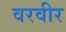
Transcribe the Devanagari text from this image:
वरवीर